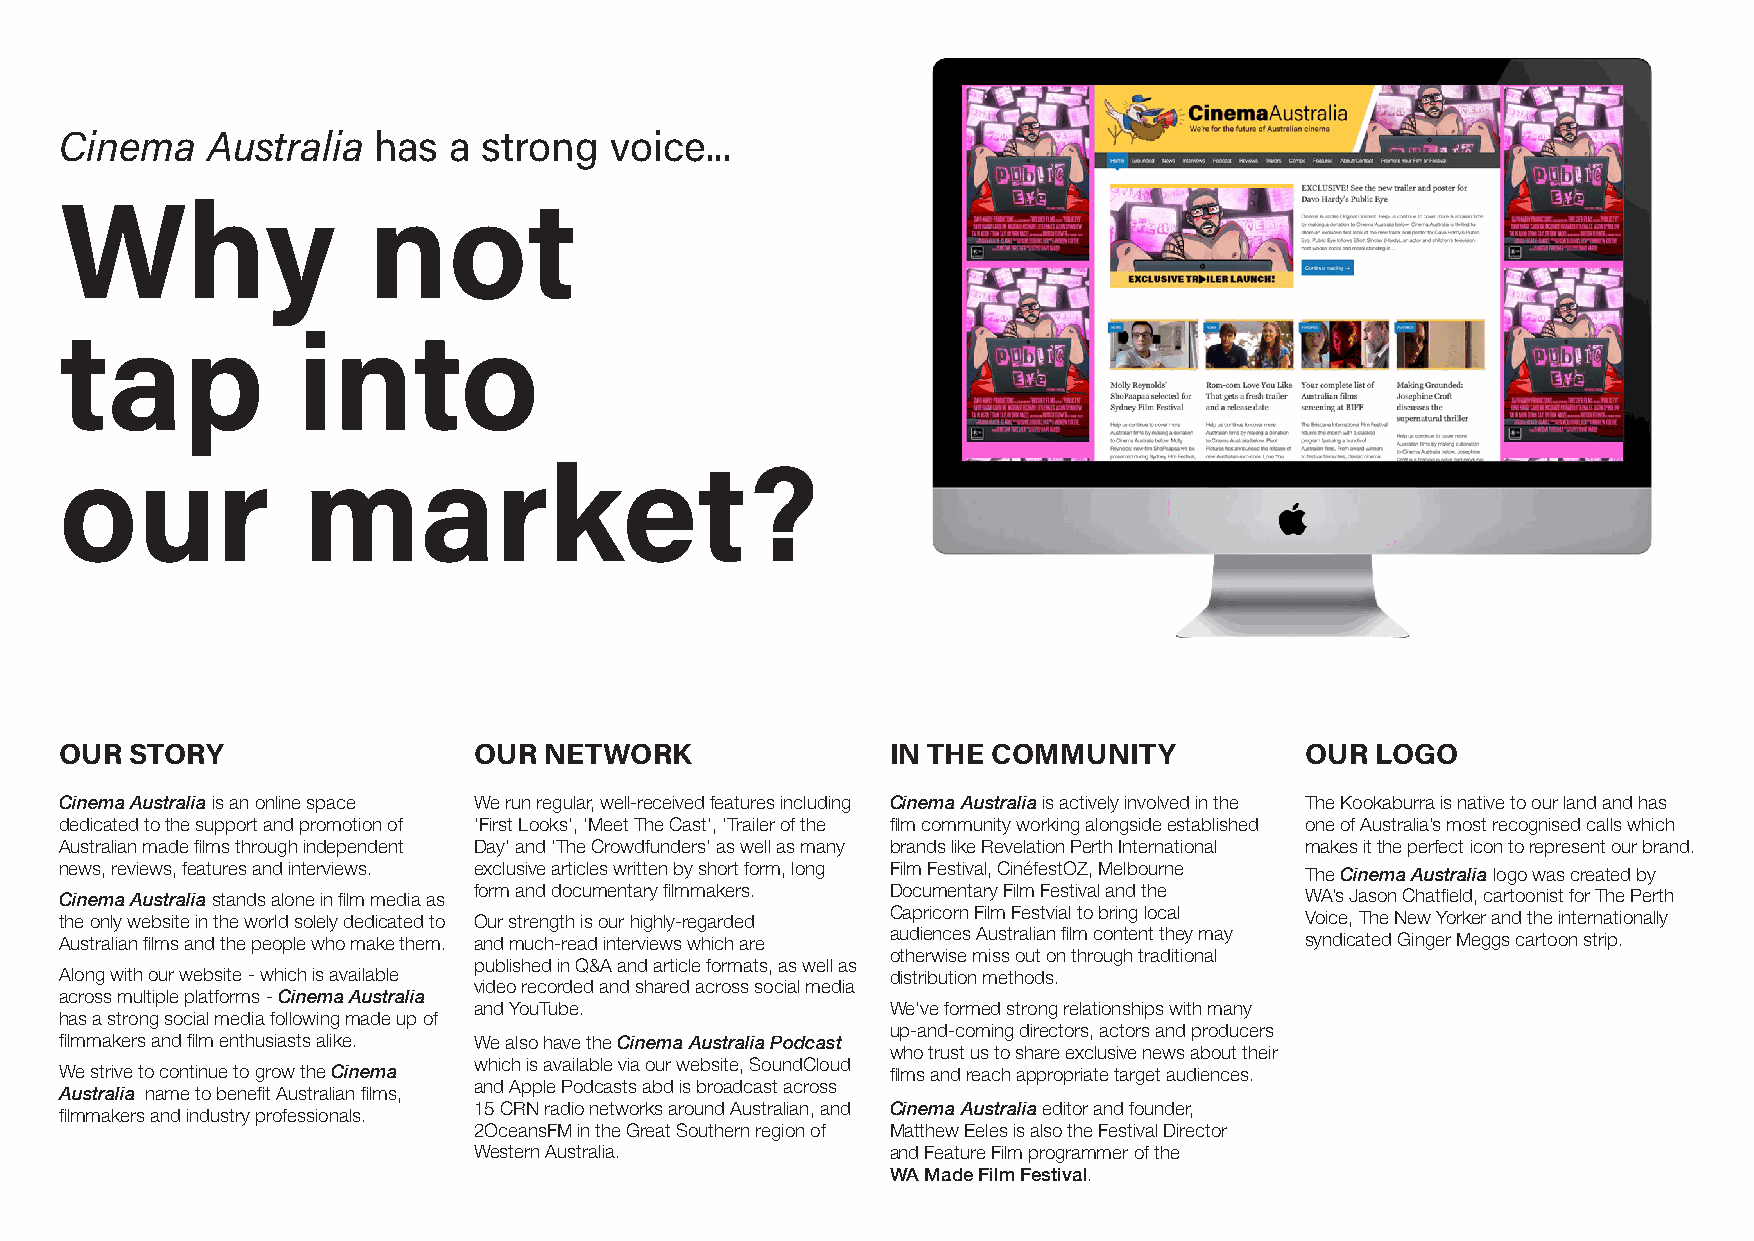
Cinema    Australia  has  a strong  voice...
 Why                 not
 tap             into
 our             market?
 OUR  STORY                 OUR  NETWORK                IN THE COMMUNITY           OUR  LOGO
 Cinema Australia is an online space We run regular, well-received features including Cinema Australia is actively involved in the The Kookaburra is native to our land and has
 dedicated to the support and promotion of ‘First Looks’, ‘Meet The Cast’, ‘Trailer of the film community working alongside established one of Australia’s most recognised calls which
 Australian made films through independent Day’ and ‘The Crowdfunders’ as well as many brands like Revelation Perth International makes it the perfect icon to represent our brand.
 news, reviews, features and interviews. exclusive articles written by short form, long Film Festival, CinéfestOZ, Melbourne The Cinema Australia logo was created by
 Cinema Australia stands alone in film media as form and documentary filmmakers. Documentary Film Festival and the WA’s Jason Chatfield, cartoonist for The Perth
 the only website in the world solely dedicated to Our strength is our highly-regarded Capricorn Film Festvial to bring local Voice, The New Yorker and the internationally
 Australian films and the people who make them. and much-read interviews which are audiences Australian film content they may syndicated Ginger Meggs cartoon strip.
 otherwise miss out on through traditional
 published in Q&A and article formats, as well as
 Along with our website - which is available            distribution methods.
 video recorded and shared across social media
 across multiple platforms - Cinema Australia
 and YouTube.                We’ve formed strong relationships with many
 has a strong social media following made up of
 up-and-coming directors, actors and producers
 filmmakers and film enthusiasts alike. We also have the Cinema Australia Podcast
 who trust us to share exclusive news about their
 which is available via our website, SoundCloud
 We strive to continue to grow the Cinema               films and reach appropriate target audiences.
 and Apple Podcasts abd is broadcast across
 Australia name to benefit Australian films,
 filmmakers and industry professionals. 15 CRN radio networks around Australian, and Cinema Australia editor and founder,
 2OceansFM in the Great Southern region of Matthew Eeles is also the Festival Director
 Western Australia.          and Feature Film programmer of the
 WA Made Film Festival.